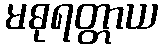
မဓုရတ္တာယ